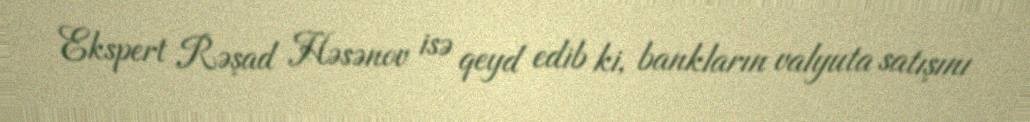
Ekspert Rəşad Həsənov isə qeyd edib ki, bankların valyuta satışını